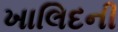
ખાલિદની